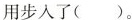
用步入了()。